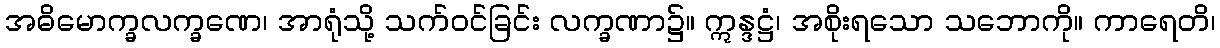
အဓိမောက္ခလက္ခဏေ၊ အာရုံသို့ သက်ဝင်ခြင်း လက္ခဏာ၌။ ဣန္ဒဋ္ဌံ၊ အစိုးရသော သဘောကို။ ကာရေတိ၊